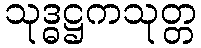
သုဒ္ဓဋ္ဌကသုတ္တ